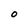
Character: 0